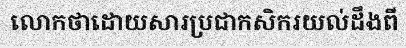
លោកថាដោយសារប្រជាកសិករយល់ដឹងពី